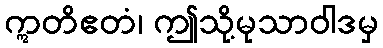
ဣတိဧတံ၊ ဤသို့မုသာဝါဒမှ